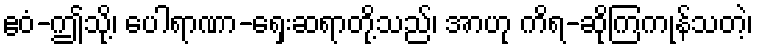
ဧဝံ-ဤသို့၊ ပေါရာဏာ-ရှေးဆရာတို့သည်၊ အာဟု ကိရ-ဆိုကြကုန်သတဲ့၊